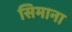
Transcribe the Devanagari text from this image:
सिमाना